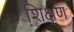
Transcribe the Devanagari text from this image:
शि़क्षण